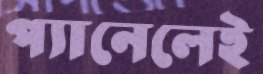
প্যানেলেই